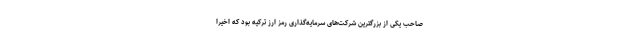
صاحب یکی از بزرگترین شرکت‌های سرمایه‌گذاری رمز ارز ترکیه بود که اخیرا